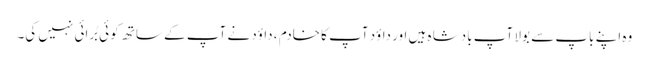
وہ اپنے باپ سے بولا آپ بادشا ہ ہیں اور داؤد آپ کا خادم ، داؤد نے آپ کے ساتھ کو ئی بُرائی نہیں کی۔